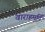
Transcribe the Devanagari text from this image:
वाराहमूर्ति